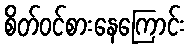
စိတ်ဝင်စားနေကြောင်း